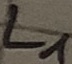
Text: L1